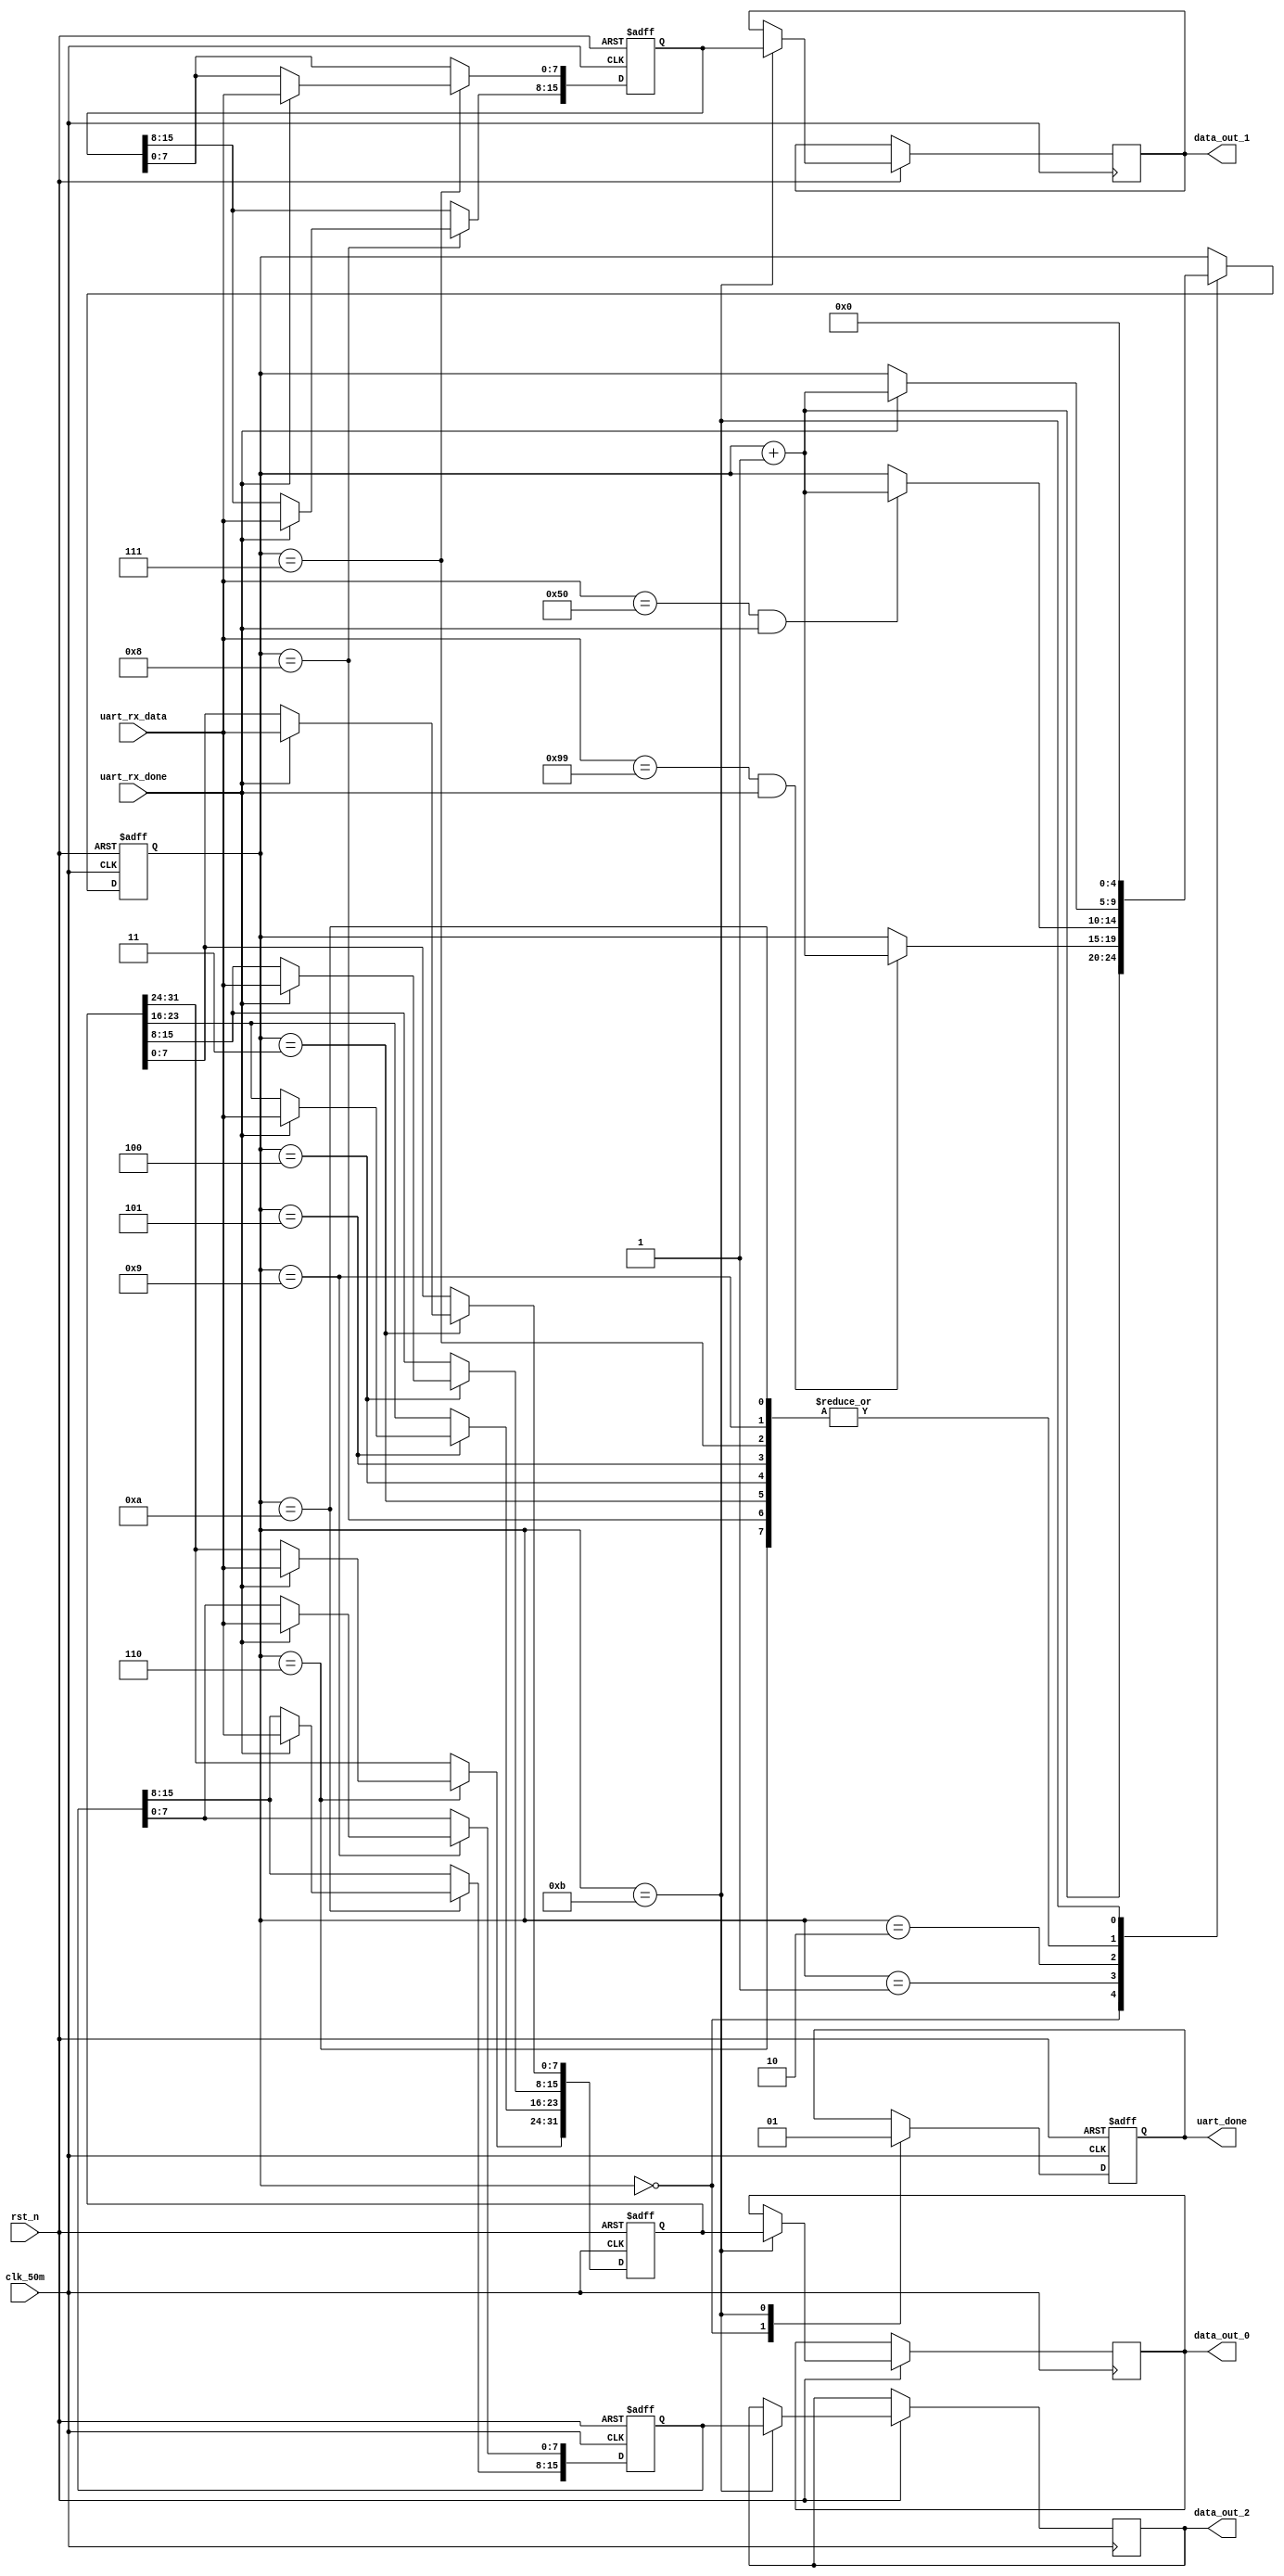
module uart_rx_control
(
	input		    clk_50m,
	input 			rst_n,
	input			uart_rx_done,
	input  [7:0]    uart_rx_data,
	output [31:0]   data_out_0,
	output [15:0]   data_out_1,
	output [15:0]   data_out_2,
	output 			uart_done
);
reg [31:0] 			uart_data_buf_0;
reg [31:0] 			data_out_r_0;

reg [15:0] 			uart_data_buf_1;
reg [15:0] 			data_out_r_1;

reg [15:0] 			uart_data_buf_2;
reg [15:0] 			data_out_r_2;

reg [4:0] 			state;
reg 				   uart_done_buf;

always@(posedge clk_50m or negedge rst_n)
begin
	if(!rst_n)
	begin
		state <= 4'd0;
		uart_data_buf_0 <= 32'd0;
		uart_data_buf_1 <= 15'd0;
		uart_data_buf_2 <= 15'd0;
		uart_done_buf <= 1'd0;
	end
	else
	begin
		case(state)
			5'd0:begin uart_done_buf<=1'd0; state<=state+1; end
			5'd1:if((uart_rx_data == 8'h99)&&uart_rx_done)begin state<=state+1; end
			5'd2:if((uart_rx_data == 8'h50)&&uart_rx_done)begin state<=state+1; end				
			5'd3:if(uart_rx_done)begin uart_data_buf_0[7:0]<=uart_rx_data;  state<=state+1; end
			5'd4:if(uart_rx_done)begin uart_data_buf_0[15:8]<=uart_rx_data; state<=state+1; end
			5'd5:if(uart_rx_done)begin uart_data_buf_0[23:16]<=uart_rx_data; state<=state+1; end
			5'd6:if(uart_rx_done)begin uart_data_buf_0[31:24]<=uart_rx_data; state<=state+1; end
			5'd7:if(uart_rx_done)begin uart_data_buf_1[7:0]<=uart_rx_data;  state<=state+1; end
			5'd8:if(uart_rx_done)begin uart_data_buf_1[15:8]<=uart_rx_data; state<=state+1; end
			5'd9:if(uart_rx_done)begin uart_data_buf_2[7:0]<=uart_rx_data;  state<=state+1; end
			5'd10:if(uart_rx_done)begin uart_data_buf_2[15:8]<=uart_rx_data; state<=state+1; end
			5'd11:begin data_out_r_0<=uart_data_buf_0; 
							data_out_r_1<=uart_data_buf_1;
							data_out_r_2<=uart_data_buf_2;
							uart_done_buf<=1'd1; state<=4'd0; 
					end
		endcase	
	end
end
assign data_out_0 = data_out_r_0;
assign data_out_1 = data_out_r_1;
assign data_out_2 = data_out_r_2;

assign uart_done = uart_done_buf;
endmodule